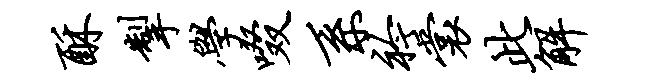
酥掣学啜系衿裳此解